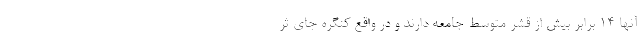
آنها ۱۴ برابر بیش از قشر متوسط جامعه دارند و در واقع کنگره جای ثر